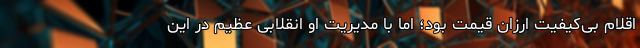
اقلام بی‌کیفیت ارزان قیمت بود؛ اما با مدیریت او انقلابی عظیم در این